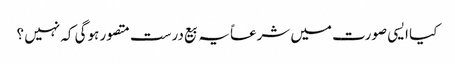
کیا ایسی صورت میں شرعاً یہ بیع درست متصور ہوگی کہ نہیں ؟